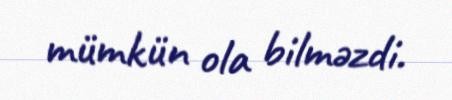
mümkün ola bilməzdi.